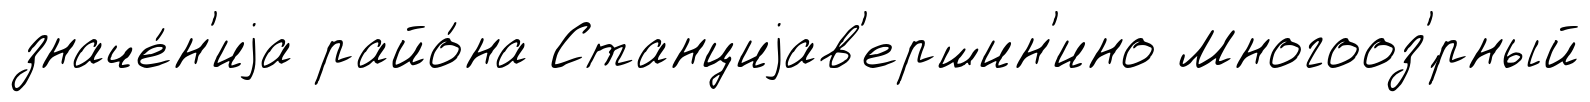
значе́н'иjа райо́на Станциjав'ершин'ино Многооз'́рный